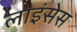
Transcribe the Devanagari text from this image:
लाइंसेस